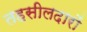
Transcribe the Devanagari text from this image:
तहसीलदारों